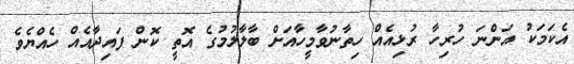
އެކަމަކު އަންނަ ހުރިހާ ރުޅިއެއް ހިތާނުވާމީހާއަށް ބާލާލުމުގެ އޮތީ ކޮން ފައިދާއެއް ހެއްޔެވެ